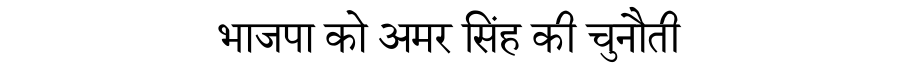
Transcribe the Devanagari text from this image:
भाजपा को अमर सिंह की चुनौती